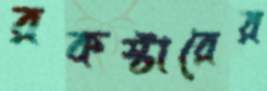
রকস্টারের